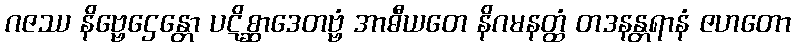
ဂဇဿ နိဗ္ဗေဌေန္တော ပဋိစ္ဆာဒေတဗ္ဗံ အာဓီယတေ နိဂမနတ္ထံ တဒနန္တရာနံ ဇဟတော